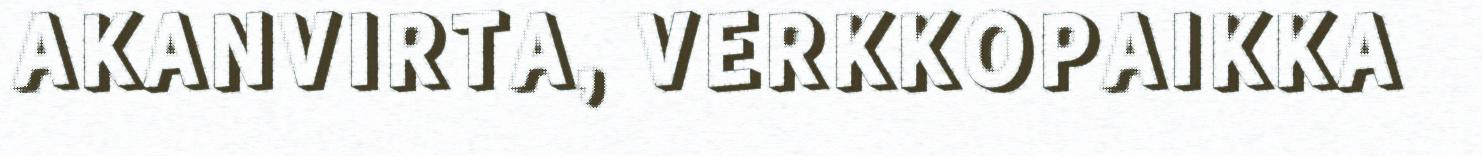
AKANVIRTA, VERKKOPAIKKA